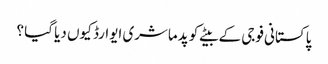
پاکستانی فوجی کے بیٹے کو پدماشری ایوارڈ کیوں دیا گیا ؟